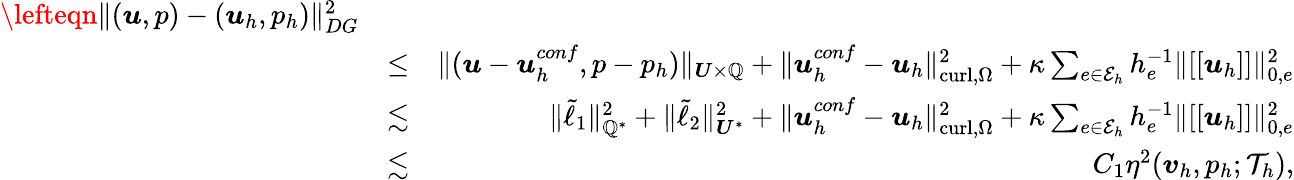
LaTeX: \begin{array}{rlr}{\lefteqn{\| (\boldsymbol{u},{p})-\left(\boldsymbol{u}_{h},{p}_{h}\right)\| _{DG}^{2}}}\\ &{\leq}&{\| (\boldsymbol{u}-\boldsymbol{u}_{h}^{conf},{p}-{p}_{h})\| _{\boldsymbol{U}\times\mathbb{Q}}+\| \boldsymbol{u}_{h}^{conf}-\boldsymbol{u}_{h}\| _{\mathrm{curl},\Omega}^{2}+\kappa\sum_{e\in\mathcal{E}_{h}}h_{e}^{-1}\| [[\boldsymbol{u}_{h}]]\| _{0,e}^{2}}\\ &{\lesssim}&{\| \tilde{\ell}_{1}\| _{\mathbb{Q}^{*}}^{2}+\| \tilde{\ell}_{2}\| _{\boldsymbol{U}^{*}}^{2}+\| \boldsymbol{u}_{h}^{conf}-\boldsymbol{u}_{h}\| _{\mathrm{curl},\Omega}^{2}+\kappa\sum_{e\in\mathcal{E}_{h}}h_{e}^{-1}\| [[\boldsymbol{u}_{h}]]\| _{0,e}^{2}}\\ &{\lesssim}&{C_{1}\eta^{2}(\boldsymbol{v}_{h},p_{h};\mathcal{T}_{h}),}\end{array}